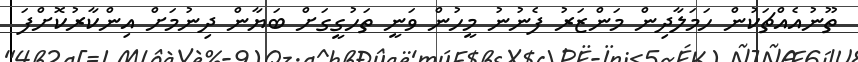
ތޫނުއެއްޗަކުން ހަމަލާދިން މަންޒަރު ފެނުނު މީހުން ވަނީ ތަހުގީގަށް ބަޔާން ދިނުމަށް އިންކާރުކޮށްފަ